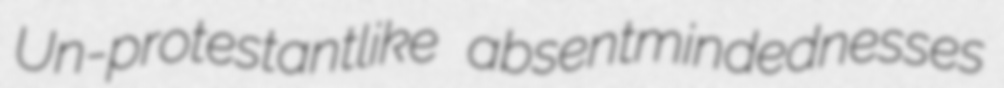
Un-protestantlike absentmindednesses